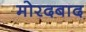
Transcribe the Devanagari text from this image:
मोरदबाद